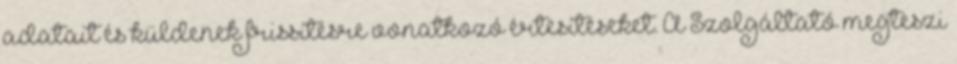
adatait és küldenek frissítésre vonatkozó értesítéseket. A Szolgáltató megteszi